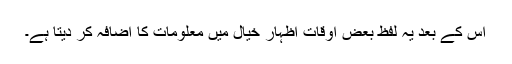
اس کے بعد یہ لفظ بعض اوقات اظہار خیال میں معلومات کا اضافہ کر دیتا ہے۔